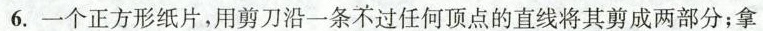
6.一个正方形纸片，用剪刀沿一条不过任何顶点的直线将其剪成两部分；拿